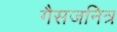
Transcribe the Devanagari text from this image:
गैसजनित्र